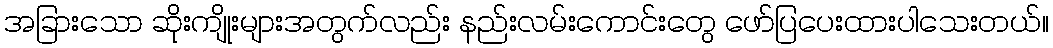
အခြားသော ဆိုးကျိုးများအတွက်လည်း နည်းလမ်းကောင်းတွေ ဖော်ပြပေးထားပါသေးတယ်။